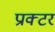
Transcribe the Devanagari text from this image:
प्राक्टर